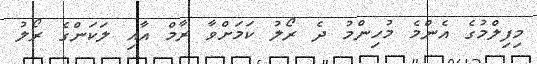
މިފިލްމުގެ އެންމެ މުހިންމު ދެ ރޯލު ކަމަށްވާ ރާމް އާއި ލަކަންގެ ރޯލު